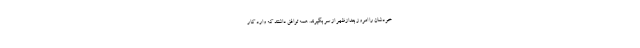
خودشان را امروز بعدازظهر از سر بگیرند. همه توافق داشتند که وارد کار